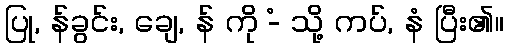
ပြု, န်ခွင်း, ချေ, န် ကို -ံ သို့ ကပ်, နံ ပြီး၏။